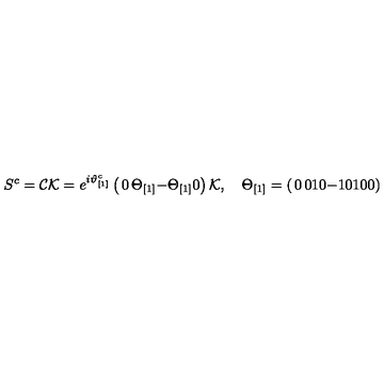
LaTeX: S ^ { c } = { \cal C } { \cal K } = e ^ { i \vartheta _ { [ 1 ] } ^ { c } } \left( \begin{matrix} { 0 } & { \Theta _ { [ 1 ] } } \\ { - \Theta _ { [ 1 ] } } & { 0 } \\ \end{matrix} \right) { \cal K } , \quad \Theta _ { [ 1 ] } = \left( \begin{matrix} { 0 } & { 0 } & { 1 } \\ { 0 } & { - 1 } & { 0 } \\ { 1 } & { 0 } & { 0 } \\ \end{matrix} \right)